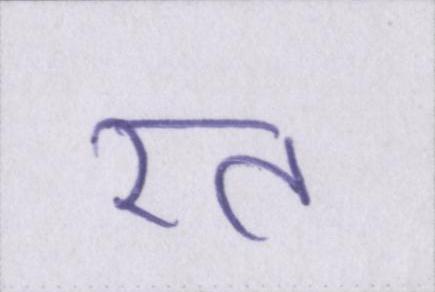
रत